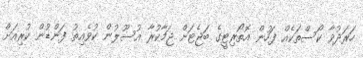
ހަރަދުވާ ކޯސްތަކެއް ފަހުން އޮތޯރިޓީގެ ބަޖެޓަށް ޖަމާކުރާ އުސޫލުން ކުވެއިތު ފަންޑުން ކުރިއަށް